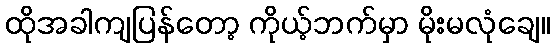
ထိုအခါကျပြန်တော့ ကိုယ့်ဘက်မှာ မိုးမလုံချေ။